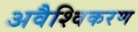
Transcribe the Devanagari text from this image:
अवैश्विकरण